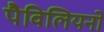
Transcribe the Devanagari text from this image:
पैविलियनों